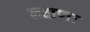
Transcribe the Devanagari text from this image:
लक्षणः